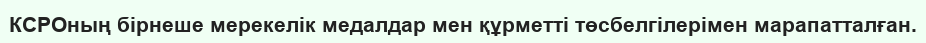
КСРОның бірнеше мерекелік медалдар мен құрметті төсбелгілерімен марапатталған.